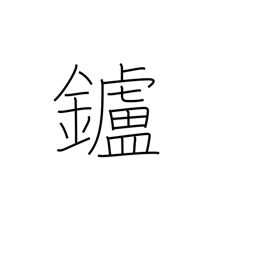
Meaning: hearth